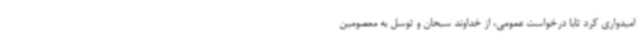
امیدواری کرد تابا درخواست عمومی، از خداوند سبحان و توسل به معصومین